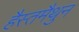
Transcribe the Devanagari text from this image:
हैस्तमैथुन